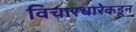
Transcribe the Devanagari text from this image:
विचारधारेकडून